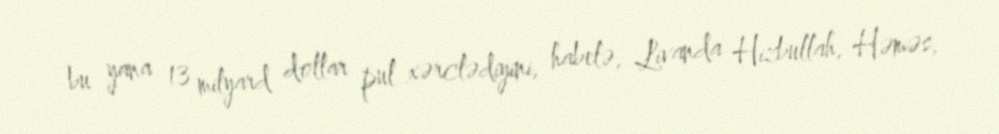
bu yana 13 milyard dollar pul xərclədiyini, habelə, Livanda Hizbullah, Həməs,